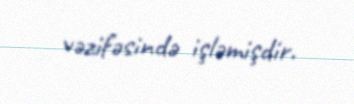
vəzifəsində işləmişdir.